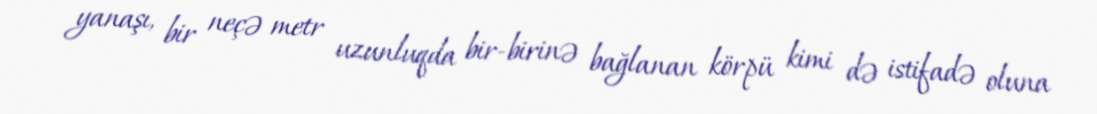
yanaşı, bir neçə metr uzunluqda bir-birinə bağlanan körpü kimi də istifadə oluna